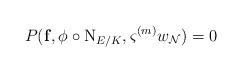
LaTeX: \begin{align*}P({\mathbf f},\phi\circ{\rm N}_{E/K}, \varsigma^{(m)}w_{\mathcal N}) =0\end{align*}